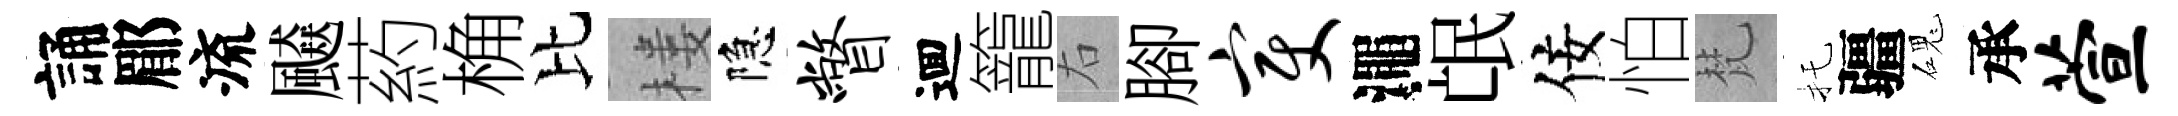
誦郿流飇葯桷比楼隐瞥逥籠右腳变澠氓佞怕梵托疆磈承萱